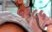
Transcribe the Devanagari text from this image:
५१८५